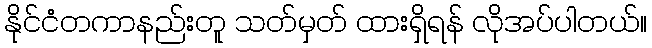
နိုင်ငံတကာနည်းတူ သတ်မှတ် ထားရှိရန် လိုအပ်ပါတယ်။